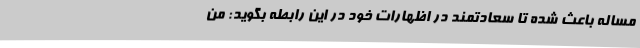
مساله باعث شده تا سعادتمند در اظهارات خود در این رابطه بگوید:‌ من